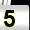
Digit: 5